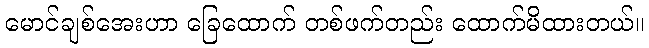
မောင်ချစ်အေးဟာ ခြေထောက် တစ်ဖက်တည်း ထောက်မိထားတယ်။